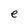
Character: e